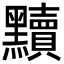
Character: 黷